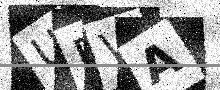
Text: UPVA